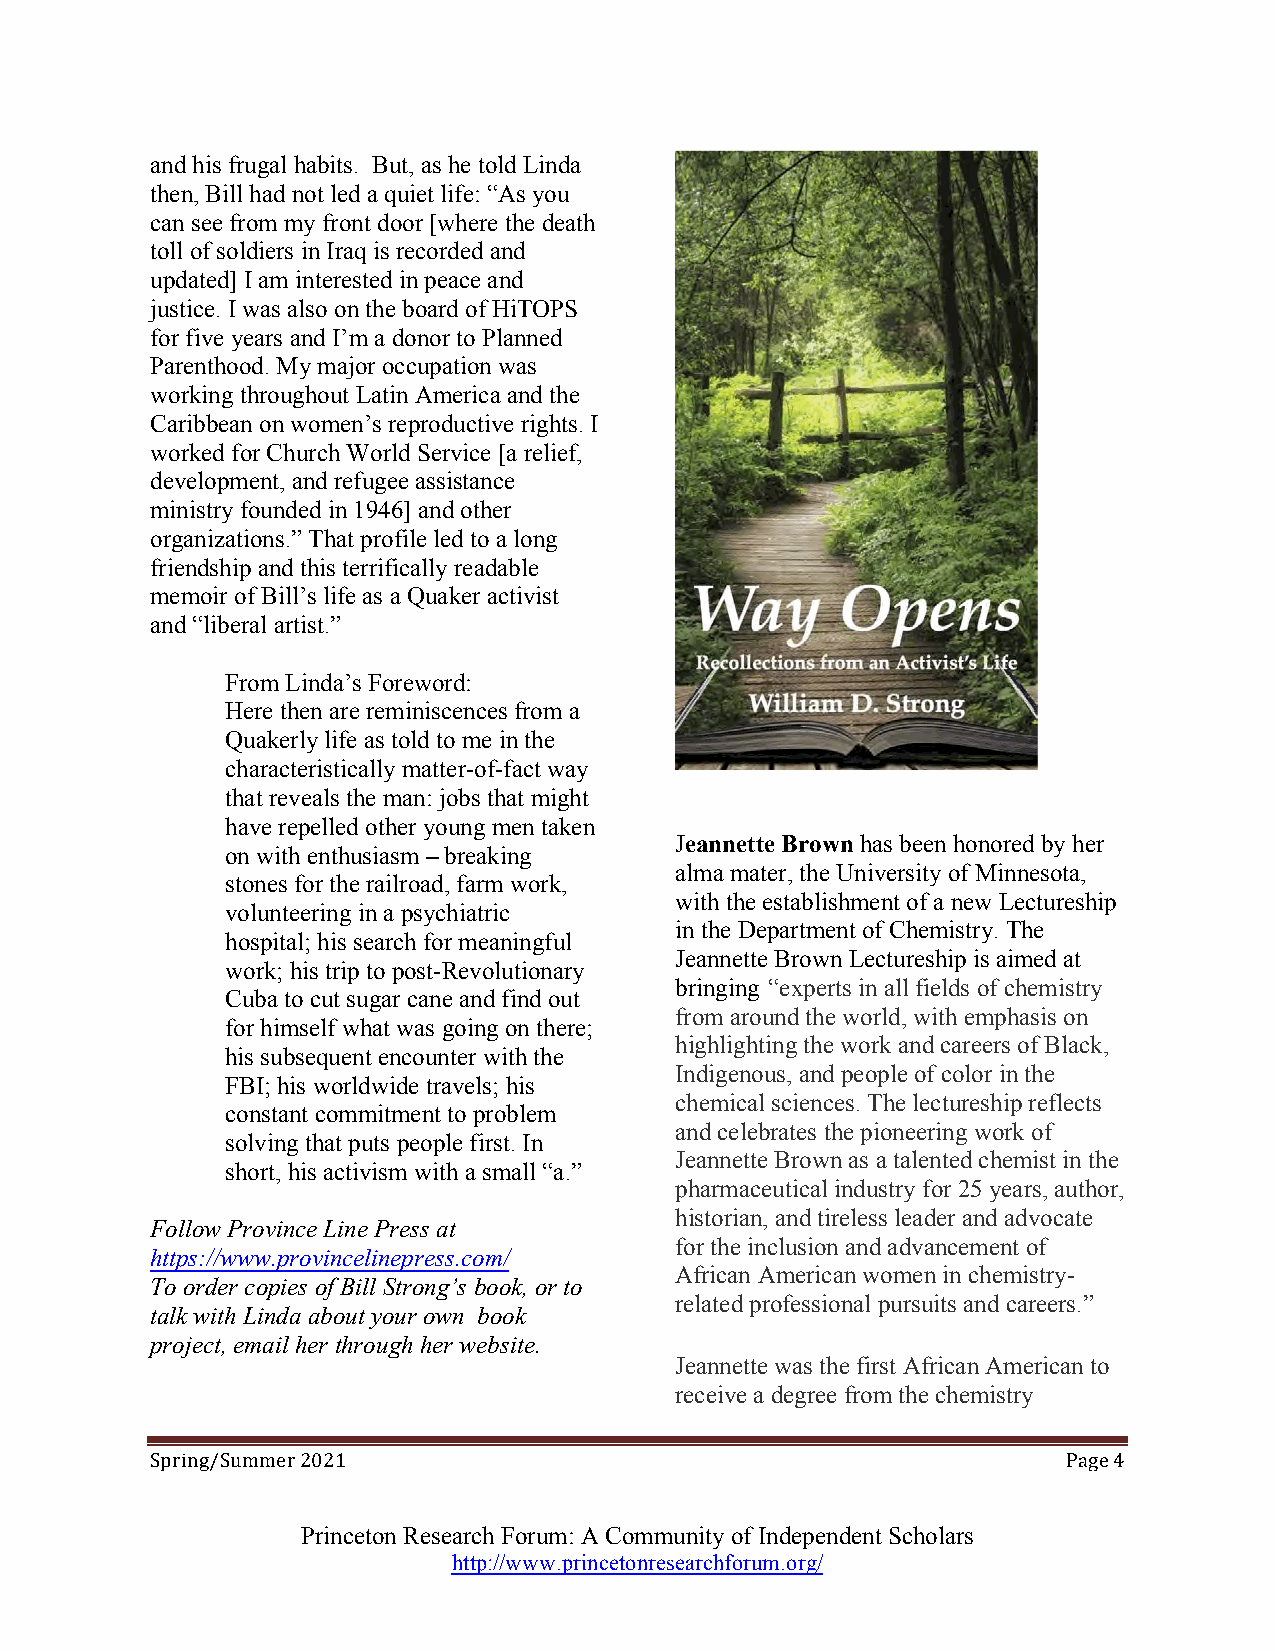
and his frugal habits. But, as he told Linda
 then, Bill had not led a quiet life: “As you
 can see from my front door [where the death
 toll of soldiers in Iraq is recorded and
 updated] I am interested in peace and
 justice. I was also on the board of HiTOPS
 for five years and I’m a donor to Planned
 Parenthood. My major occupation was
 working throughout Latin America and the
 Caribbean on women’s reproductive rights. I
 worked for Church World Service [a relief,
 development, and refugee assistance
 ministry founded in 1946] and other
 organizations.” That profile led to a long
 friendship and this terrifically readable
 memoir of Bill’s life as a Quaker activist
 and “liberal artist.”
 From Linda’s Foreword:
 Here then are reminiscences from a
 Quakerly life as told to me in the
 characteristically matter-of-fact way
 that reveals the man: jobs that might
 have repelled other young men taken
 Jeannette Brown has been honored by her
 on with enthusiasm – breaking
 alma mater, the University of Minnesota,
 stones for the railroad, farm work,
 with the establishment of a new Lectureship
 volunteering in a psychiatric
 in the Department of Chemistry. The
 hospital; his search for meaningful
 Jeannette Brown Lectureship is aimed at
 work; his trip to post-Revolutionary
 bringing “experts in all fields of chemistry
 Cuba to cut sugar cane and find out
 from around the world, with emphasis on
 for himself what was going on there;
 highlighting the work and careers of Black,
 his subsequent encounter with the
 Indigenous, and people of color in the
 FBI; his worldwide travels; his
 chemical sciences. The lectureship reflects
 constant commitment to problem
 and celebrates the pioneering work of
 solving that puts people first. In
 Jeannette Brown as a talented chemist in the
 short, his activism with a small “a.”
 pharmaceutical industry for 25 years, author,
 historian, and tireless leader and advocate
 Follow Province Line Press at
 for the inclusion and advancement of
 https://www.provincelinepress.com/
 African American women in chemistry-
 To order copies of Bill Strong’s book, or to
 related professional pursuits and careers.”
 talk with Linda about your own book
 project, email her through her website.
 Jeannette was the first African American to
 receive a degree from the chemistry
 2021                                               Page 4
 Spring/Summer
 Princeton Research Forum: A Community of Independent Scholars
 http://www.princetonresearchforum.org/